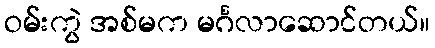
ဝမ်းကွဲ အစ်မက မင်္ဂလာဆောင်တယ်။